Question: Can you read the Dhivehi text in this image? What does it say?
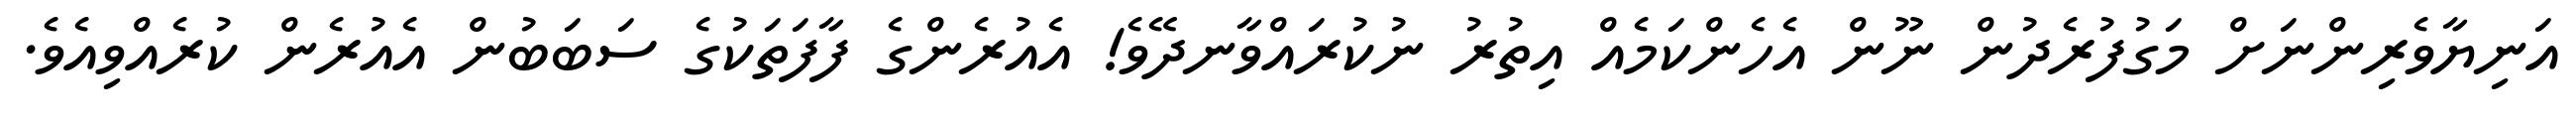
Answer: އަނިޔާވެރިންނަށް މަގުފުރެދުން ނޫން އެހެންކަމެއް އިތުރު ނުކުރައްވާނދޭވެ! އެއުރެންގެ ފާފަތަކުގެ ސަބަބުން އެއުރެން ކުރެއްވިއެވެ.